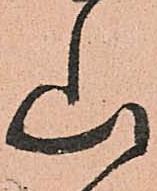
山